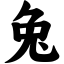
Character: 兔